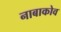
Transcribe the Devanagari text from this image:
नाबाकोव